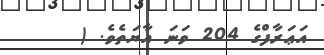
އަޢަރާފްގެ 204 ވަނަ އާޔަތެވެ. (